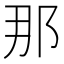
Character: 那